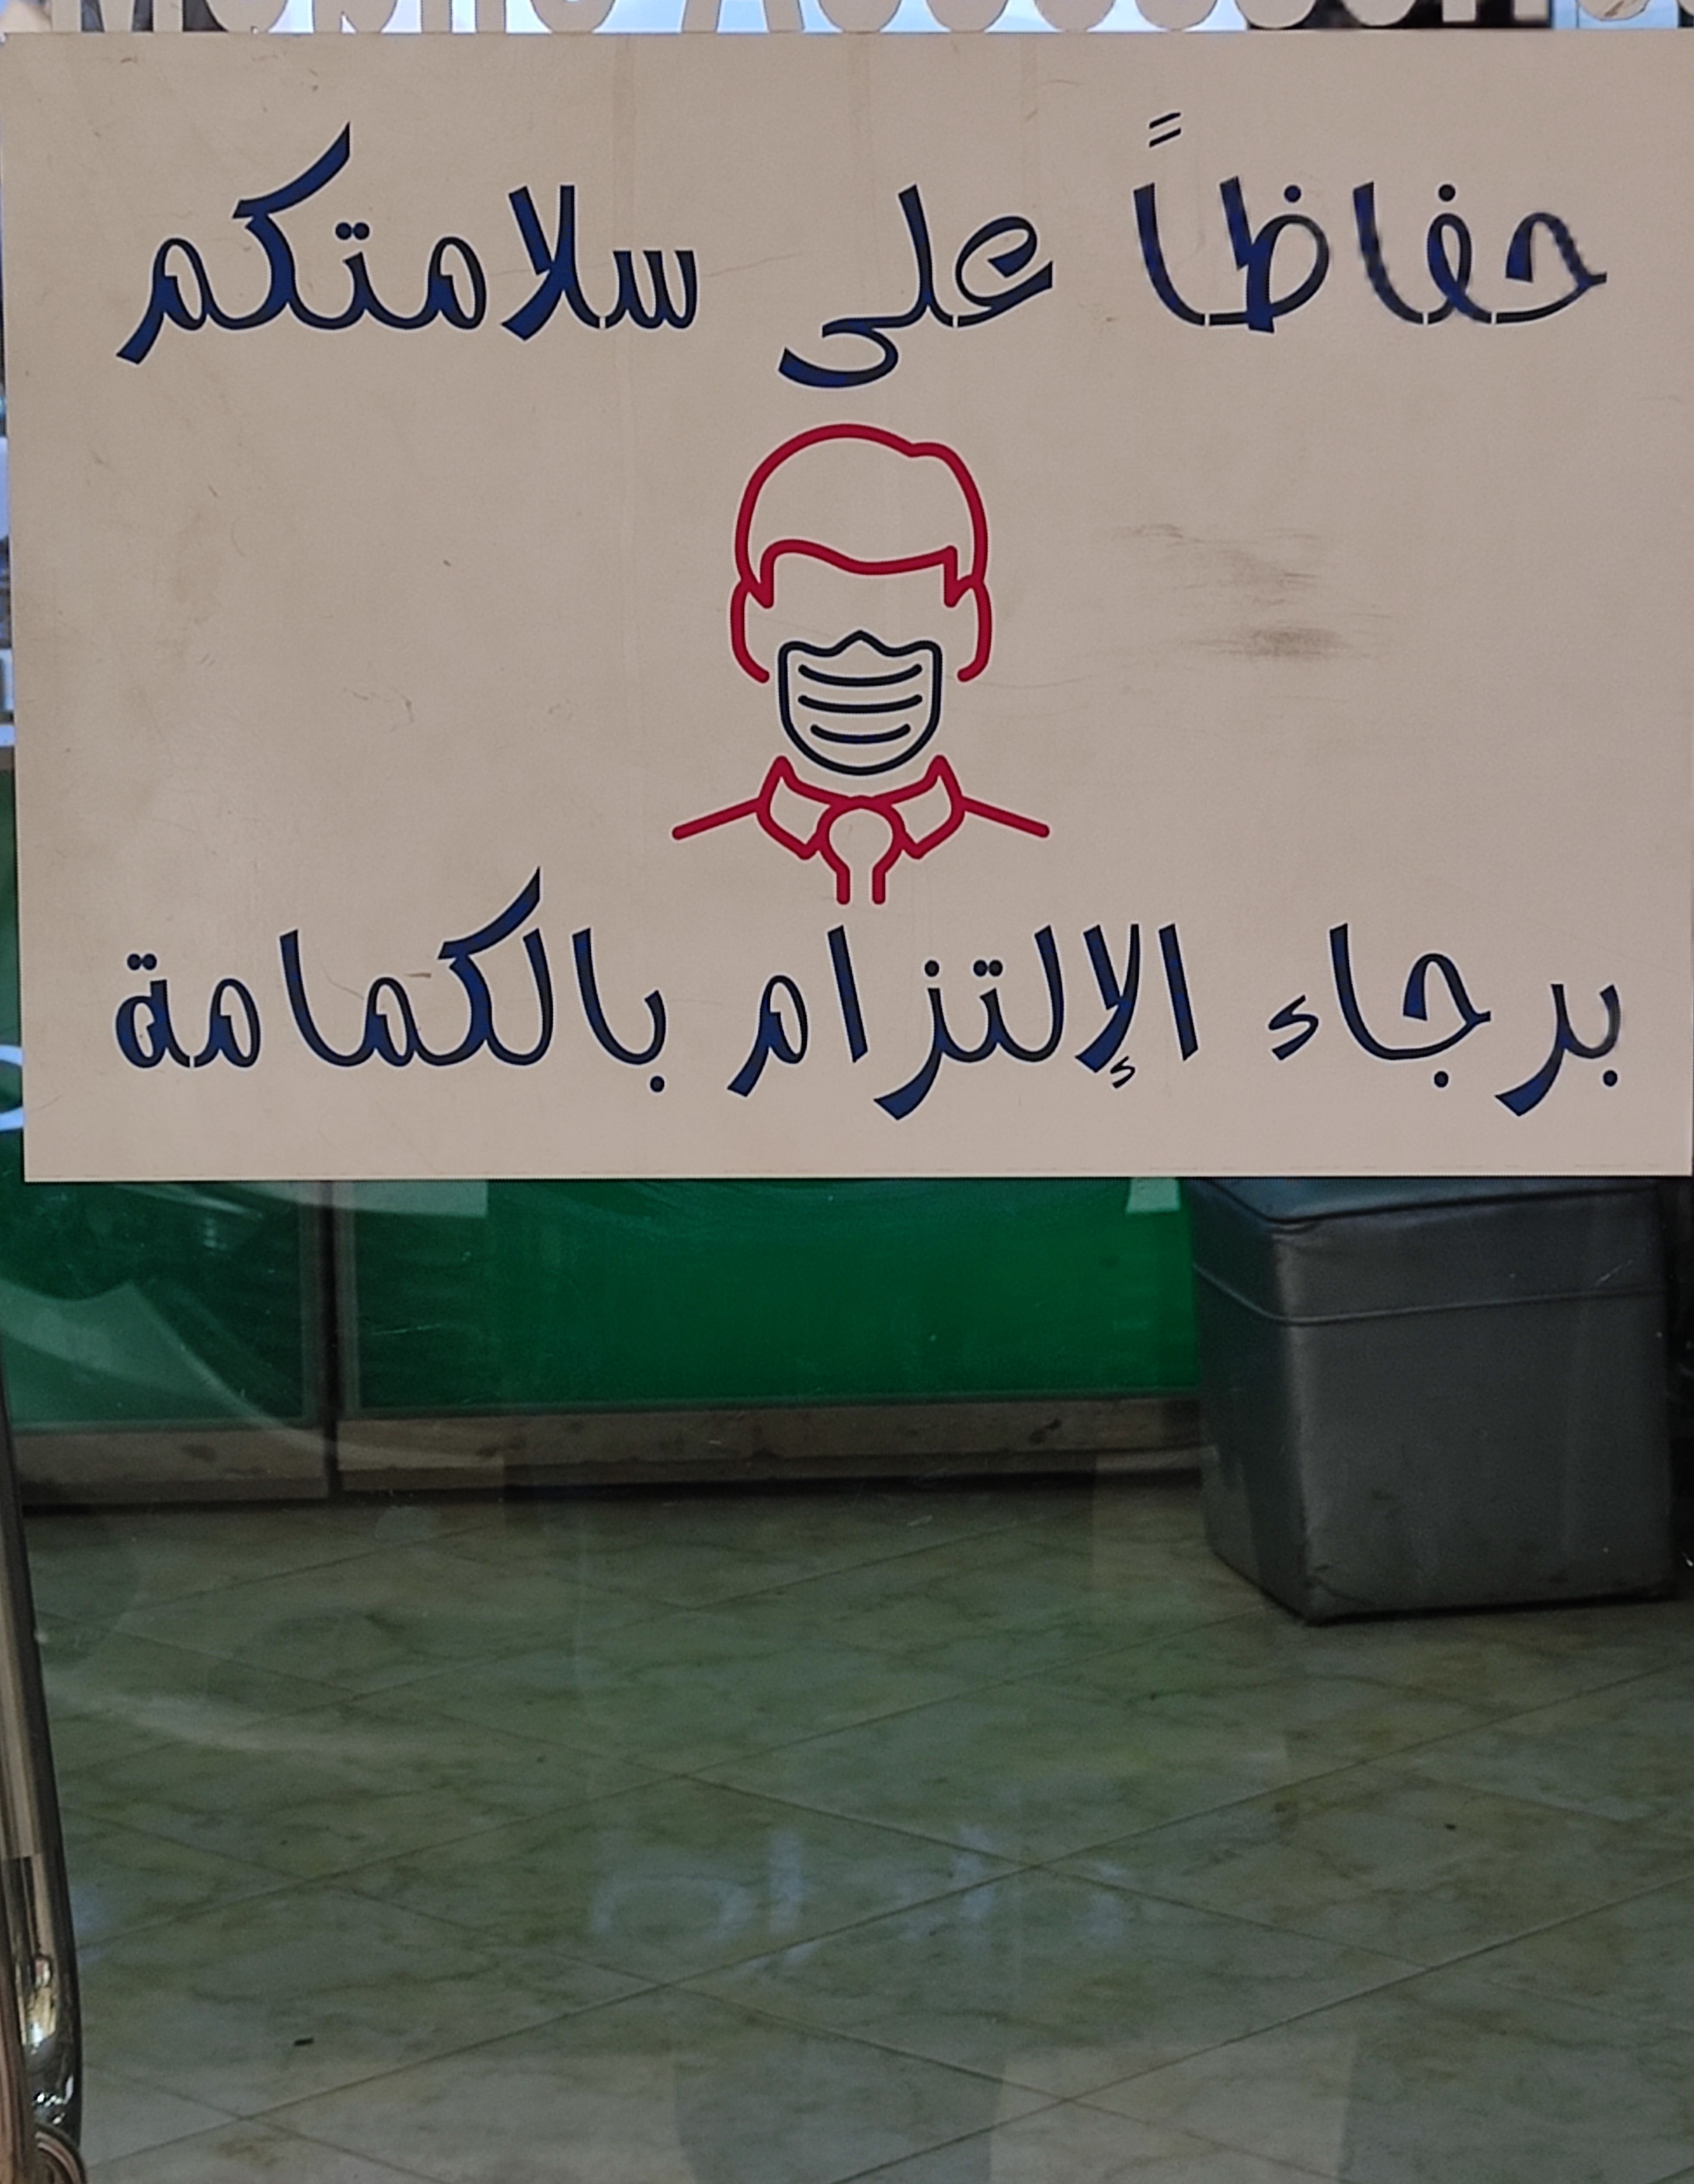
Text in image: سلامتكم حفاظا على بالكمامة برجاء الإلتزام